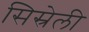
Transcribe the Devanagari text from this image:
सिस्रेली